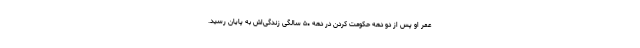
عمر او پس از دو دهه حکومت کردن در دهه ۵۰ سالگی زندگی‌اش به پایان رسید.